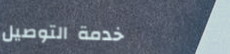
خدمة التوصيل